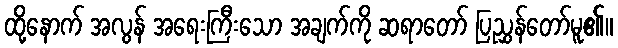
ထို့နောက် အလွန် အရေးကြီးသော အချက်ကို ဆရာတော် ပြညွှန်တော်မူ၏။